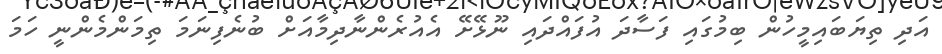
އަދި ތިޔަބައިމީހުން ބިމުގައި ފަސާދަ އުފައްދައި ނޫޅޭށޭ އެއުރެންނާދިމާއަށް ބުނެފިނަމަ ތިމަންމެންނީ ހަމަ